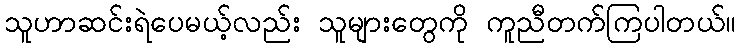
သူဟာဆင်းရဲပေမယ့်လည်း သူများတွေကို ကူညီတက်ကြပါတယ်။